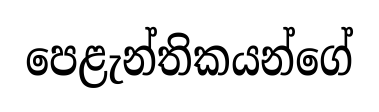
පෙළැන්තිකයන්ගේ